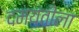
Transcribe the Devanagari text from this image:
दमयंतीला